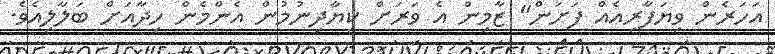
އަހަރެން ވިޔަފާރިއެއް ފަށަން" ޒާމިން އެ ވަރަށް ކިޔާދިނުމުން އެންމެން ހިދާއަށް ބަލާލިއެވެ.